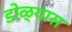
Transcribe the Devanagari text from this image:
डोळ्यास